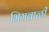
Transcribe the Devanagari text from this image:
भिगबाळी